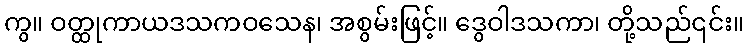
ကွ။ ဝတ္ထုကာယဒသကဝသေန၊ အစွမ်းဖြင့်။ ဒွေဝါဒသကာ၊ တို့သည်၎င်း။